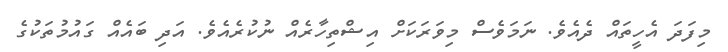
މިފަދަ އެހީތައް ދެއެވެ. ނަމަވެސް މިވަރަކަށް އިޝްތިހާރެއް ނުކުރެއެވެ. އަދި ބައެއް ގައުމުތަކުގެ